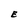
Character: E